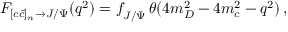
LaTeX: F _ { [ c \bar { c } ] _ { n } \rightarrow J / \Psi } ( q ^ { 2 } ) = f _ { J / \Psi } ^ { \phantom { l } } \, \theta ( 4 m _ { D } ^ { 2 } - 4 m _ { c } ^ { 2 } - q ^ { 2 } ) \, ,